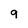
Character: 9